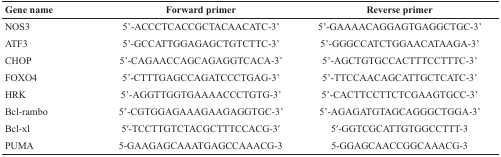
<table><thead><tr><td><b>Gene name</b></td><td><b>Forward primer</b></td><td><b>Reverse primer</b></td></tr></thead><tbody><tr><td>NOS3</td><td>5’-ACCCTCACCGCTACAACATC-3’</td><td>5’-GAAAACAGGAGTGAGGCTGC-3’</td></tr><tr><td>ATF3</td><td>5’-GCCATTGGAGAGCTGTCTTC-3’</td><td>5’-GGGCCATCTGGAACATAAGA-3’</td></tr><tr><td>CHOP</td><td>5’-CAGAACCAGCAGAGGTCACA-3’</td><td>5’-AGCTGTGCCACTTTCCTTTC-3’</td></tr><tr><td>FOXO4</td><td>5’-CTTTGAGCCAGATCCCTGAG-3’</td><td>5’-TTCCAACAGCATTGCTCATC-3’</td></tr><tr><td>HRK</td><td>5’-AGGTTGGTGAAAACCCTGTG-3’</td><td>5’-CACTTCCTTCTCGAAGTGCC-3’</td></tr><tr><td>Bcl-rambo</td><td>5’-CGTGGAGAAAGAAGAGGTGC-3’</td><td>5’-AGAGATGTAGCAGGGCTGGA-3’</td></tr><tr><td>Bcl-xl</td><td>5′-TCCTTGTCTACGCTTTCCACG-3′</td><td>5′-GGTCGCATTGTGGCCTTT-3</td></tr><tr><td>PUMA</td><td>5-GAAGAGCAAATGAGCCAAACG-3</td><td>5-GGAGCAACCGGCAAACG-3</td></tr></tbody></table>